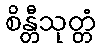
စိန္တီသုတ္တံ